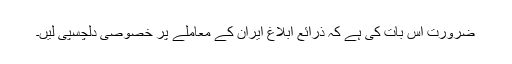
ضرورت اس بات کی ہے کہ ذرائع ابلاغ ایران کے معاملے پر خصوصی دلچسپی لیں۔